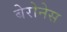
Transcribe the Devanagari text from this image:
बेरोनेस